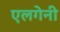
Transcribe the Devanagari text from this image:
एलगेनी